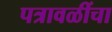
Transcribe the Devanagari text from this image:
पत्रावळींचा